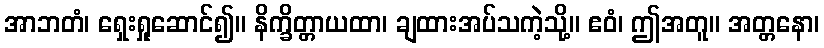
အာဘတံ၊ ရှေးရှုဆောင်၍။ နိက္ခိတ္တာယထာ၊ ချထားအပ်သကဲ့သို့။ ဧဝံ၊ ဤအတူ။ အတ္တနော၊